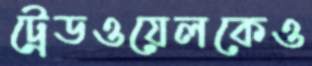
ট্রেডওয়েলকেও